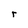
Character: r